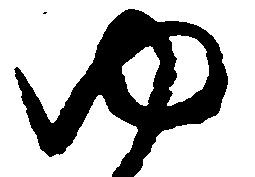
ゆ